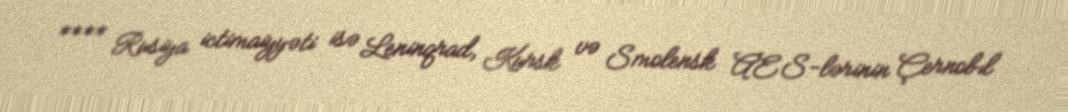
**** Rusiya ictimaiyyəti isə Leninqrad, Kursk və Smolensk AES-lərinin Çernobıl